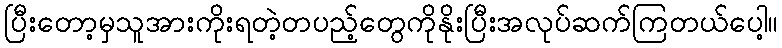
ပြီးတော့မှသူအားကိုးရတဲ့တပည့်တွေကိုနိုးပြီးအလုပ်ဆက်ကြတယ်ပေါ့။